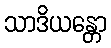
သာဒိယန္တော